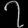
Digit: ၇